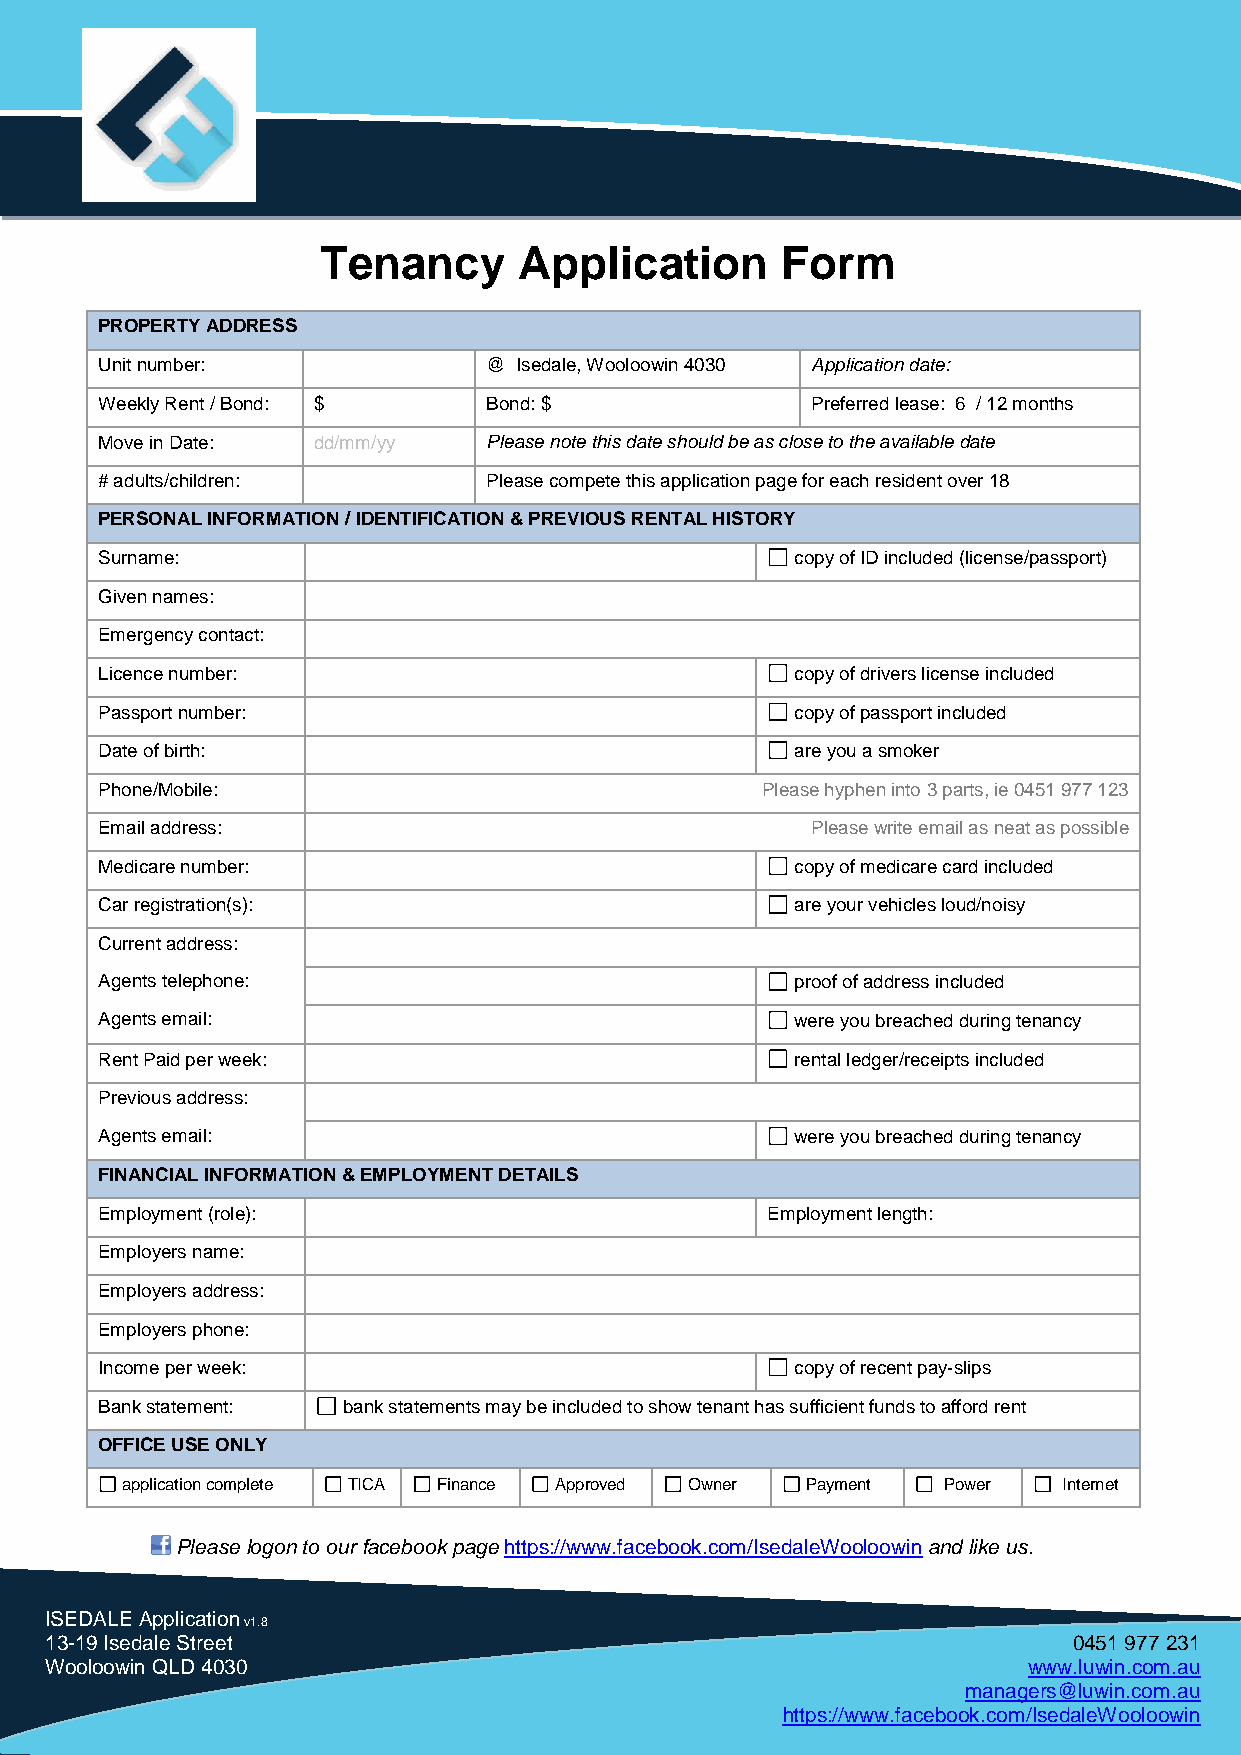
fgdfg
 Tenancy      Application       Form
 PROPERTY ADDRESS
 Unit number:              @ Isedale, Wooloowin 4030 Application date:
 Weekly Rent / Bond: $     Bond: $               Preferred lease: 6 / 12 months
 Move in Date:  dd/mm/yy   Please note this date should be as close to the available date
 # adults/children:        Please compete this application page for each resident over 18
 PERSONAL INFORMATION / IDENTIFICATION & PREVIOUS RENTAL HISTORY
 Surname:                                       copy of ID included (license/passport)
 Given names:
 Emergency contact:
 Licence number:                                copy of drivers license included
 Passport number:                               copy of passport included
 Date of birth:                                 are you a smoker
 Phone/Mobile:                               Please hyphen into 3 parts, ie 0451 977 123
 Email address:                                  Please write email as neat as possible
 Medicare number:                               copy of medicare card included
 Car registration(s):                           are your vehicles loud/noisy
 Current address:
 Agents telephone:                              proof of address included
 Agents email:                                  were you breached during tenancy
 Rent Paid per week:                            rental ledger/receipts included
 Previous address:
 Agents email:                                  were you breached during tenancy
 FINANCIAL INFORMATION & EMPLOYMENT DETAILS
 Employment (role):                           Employment length:
 Employers name:
 Employers address:
 Employers phone:
 Income per week:                               copy of recent pay-slips
 Bank statement:  bank statements may be included to show tenant has sufficient funds to afford rent
 OFFICE USE ONLY
 application complete TICA F in a n ce Approved Owner Payment Power Internet
 Please logon to our facebook page https://www.facebook.com/IsedaleWooloowin and like us.
 ISEDALE Application
 v1.8
 13-19 Isedale Street                                                0451 977 231
 Wooloowin QLD 4030                                               www.luwin.com.au
 managers@luwin.com.au
 https://www.facebook.com/IsedaleWooloowin